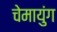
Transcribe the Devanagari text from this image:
चेमायुंग